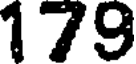
179